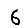
Digit: 6